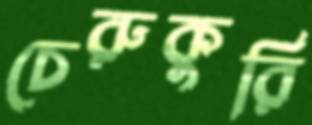
চেরুকুরি